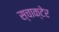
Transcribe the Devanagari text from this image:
स्चाक्टेर